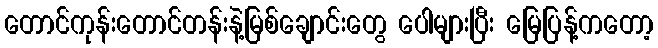
တောင်ကုန်းတောင်တန်းနဲ့မြစ်ချောင်းတွေ ပေါများပြီး မြေပြန့်ကတော့